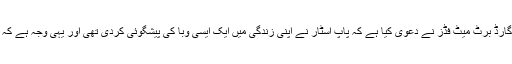
دی سن کی رپورٹ کے مطابق مائیکل جیکسن کے سابق باڈی گارڈ برٹ میٹ فڈز نے دعویٰ کیا ہے کہ پاپ اسٹار نے اپنی زندگی میں ایک ایسی وبا کی پیشگوئی کردی تھی اور یہی وجہ ہے کہ مذاق بننے کے باوجود وہ زیادہ تر ماسک پہنے نظر آتے تھے۔